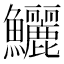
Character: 鱺